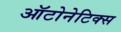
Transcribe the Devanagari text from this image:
ऑटोनेटिक्स